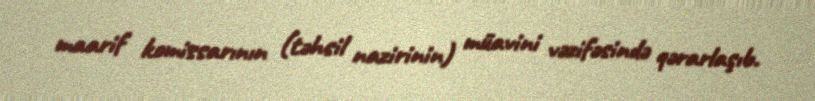
maarif komissarının (təhsil nazirinin) müavini vəzifəsində qərarlaşıb.